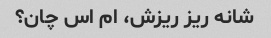
شانه ریز ریزش، ام اس چان؟